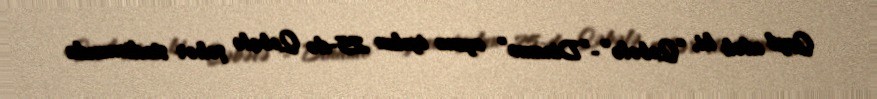
Qeyd edək ki, “Qəbələ”-”Dinamo” oyunu iyulun 25-də Qəbələ şəhər stadionunda